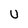
Character: U